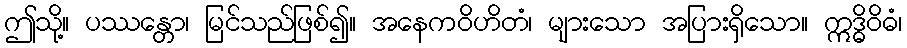
ဤသို့။ ပဿန္တော၊ မြင်သည်ဖြစ်၍။ အနေကဝိဟိတံ၊ များသော အပြားရှိသော။ ဣဒ္ဓိဝိဓံ၊